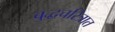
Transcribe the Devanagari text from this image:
बुद्धचरित्रात